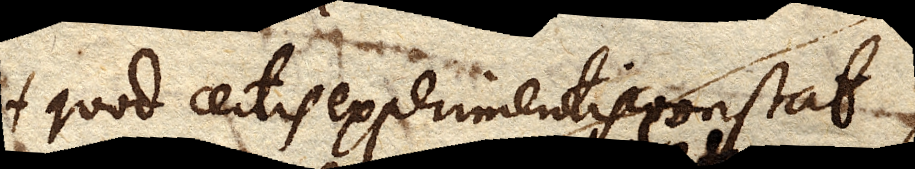
quod certis experimentis constat